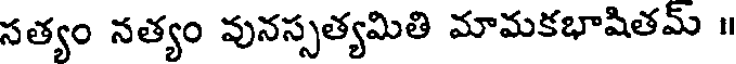
సత్యం నత్యం వునస్సత్యమితి మామకభాషితమ్